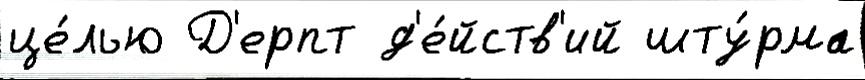
це́лью Д'ерпт д'е́йств'ий шту́рма